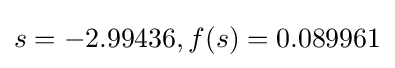
s=-2.99436,f(s)=0.089961